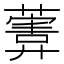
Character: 𱾩